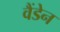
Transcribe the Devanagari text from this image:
वैंडेन